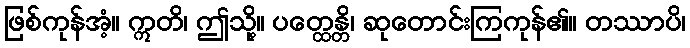
ဖြစ်ကုန်အံ့။ ဣတိ၊ ဤသို့။ ပတ္ထေန္တိ၊ ဆုတောင်းကြကုန်၏။ တဿာပိ၊